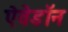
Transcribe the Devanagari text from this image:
ऐवेडॉन